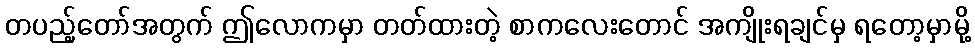
တပည့်တော်အတွက် ဤလောကမှာ တတ်ထားတဲ့ စာကလေးတောင် အကျိုးရချင်မှ ရတော့မှာမို့